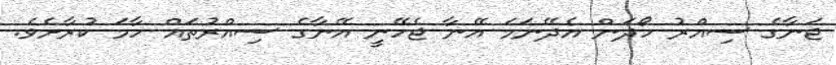
ޖަނާގެ ސިއްރު ހޯދަން އެދޭނަމަ އޭނާ ޖެހޭނީ އޭނާގެ ސިއްރުތައް ހާމަ ކުރާށެވެ.